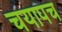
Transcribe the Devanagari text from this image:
चयापच